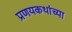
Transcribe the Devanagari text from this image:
प्रणयकथांच्या